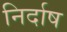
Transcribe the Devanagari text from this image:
निर्दाष